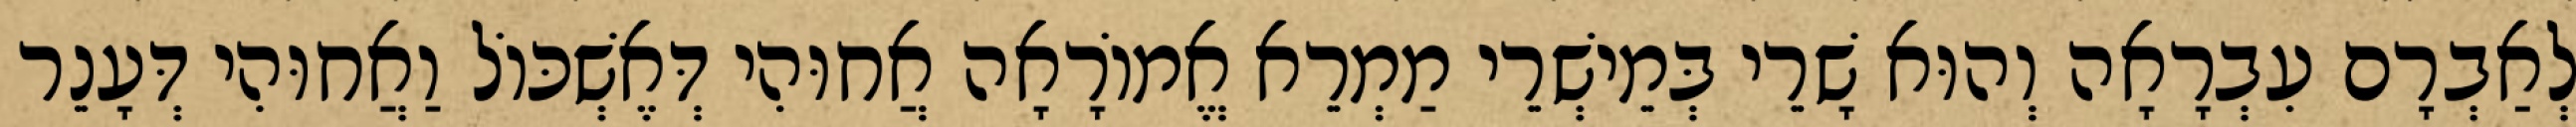
לְאַבְרָם עִבְרָאָה וְהוּא שָׁרֵי בְּמֵישְׁרֵי מַמְרֵא אֱמוֹרָאָה אֲחוּהִי דְּאֶשְׁכּוֹל וַאֲחוּהִי דְּעָנֵר